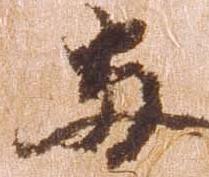
両